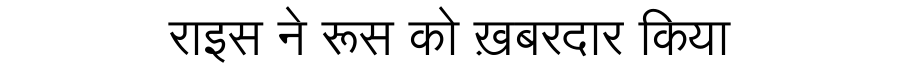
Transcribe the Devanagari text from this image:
राइस ने रूस को ख़बरदार किया